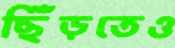
ছিঁড়তেও